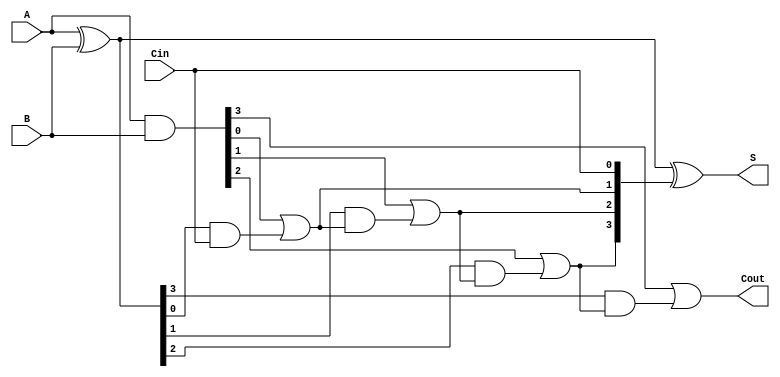
module ParallelPrefixAdder #(
    parameter N = 4  // Parameter for the adder width
)(
    input [N-1:0] A,   // Input A
    input [N-1:0] B,   // Input B
    input Cin,         // Carry-in
    output [N-1:0] S,  // Sum output
    output Cout        // Carry-out
);

    // Internal signals for propagate (P) and generate (G)
    wire [N-1:0] P;  // Propagate
    wire [N-1:0] G;  // Generate
    wire [N:0] C;    // Carry signals

    // Step 1: Generate P and G signals   
    assign P = A ^ B;                          // Propagate signal
    assign G = A & B;                          // Generate signal

    // Step 2: Carry generation using Kogge-Stone Prefix Logic
    genvar i, j;
    
    // Initial carry
    assign C[0] = Cin;

    for (i = 0; i < N; i = i + 1) begin : carry_gen
        assign C[i+1] = G[i] | (P[i] & C[i]);
    end

    // Step 3: Sum calculation
    assign S = P ^ C[N-1:0]; // Sum calculation
    
    // Step 4: Final carry-out
    assign Cout = C[N];

endmodule